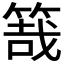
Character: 𥯒